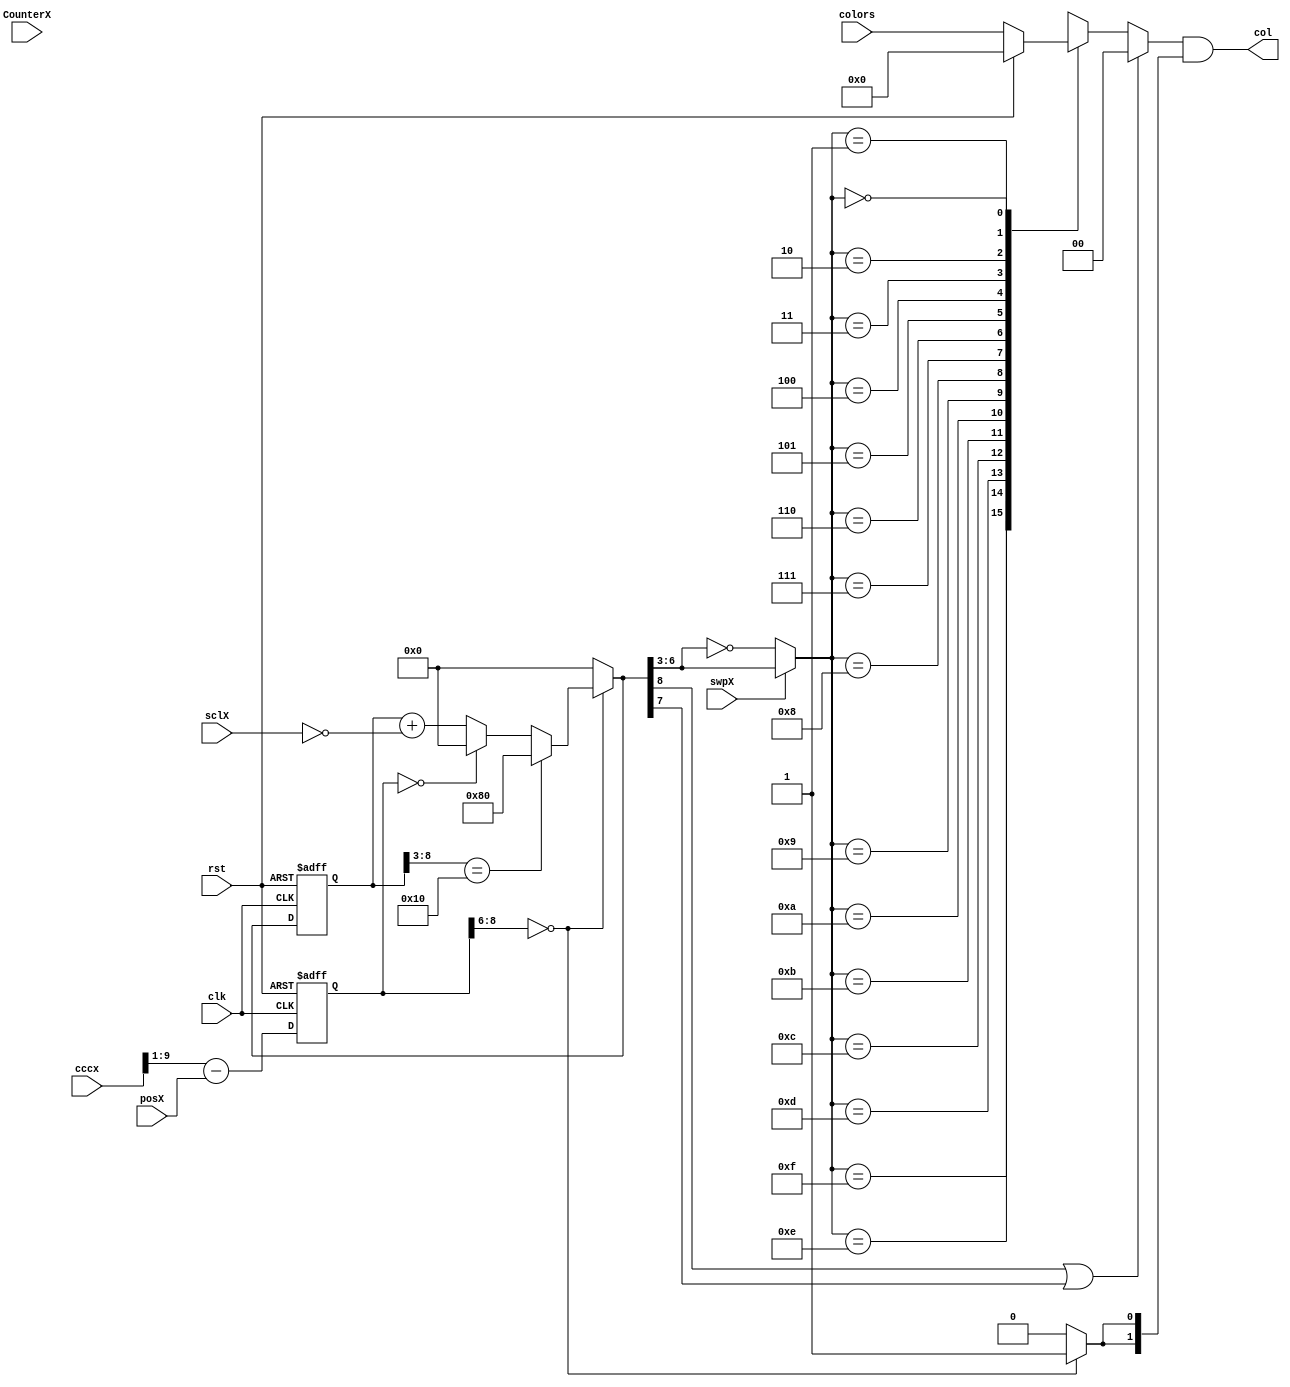

module sprite(
	input clk,
	input rst,
	
	input[9:0] cccx,
	
	input[3:0] sclX,
	input[8:0] posX,
	input[31:0] colors,
	input[9:0] CounterX,
	
	input swpX,
	
	output[1:0] col
	
);

wire[8:0] relx = cccx[9:1] - posX;

reg visible;

reg[31:0] pcol = 0;

reg[8:0] cx = 0;

reg[9:0] ccx = 0;

reg[1:0] ccol;

reg[8:0] relPosX;
reg[8:0] f_relPosX;


always@(*)
	if(rst) pcol <= 0;
	else pcol <= colors;

always@(posedge clk or posedge rst)begin
	if(rst)begin
		cx <= 0;
		ccx <= 0;
		
		relPosX <= 0;

	end else
	begin
		cx <= relx;
		ccx <= CounterX;
		
		relPosX <= f_relPosX;
	end
end

wire[3:0] negpo= ~sclX;

always@(*)begin
	f_relPosX = relPosX;
	
	
	if(cx[8:6] == 0)begin
		
		if(relPosX[8:3] == 16) begin
			f_relPosX = {5'd16,3'b0};
		end else if(cx == 0)begin
			f_relPosX = 0;
		end else
		begin
			
			f_relPosX = relPosX + (negpo);
		end
		
	end else
	begin
		
		f_relPosX = 0;
	
	end
	

end

reg[3:0] relPosXP;
reg renderSprite;

always@(*)begin
	
	renderSprite = ~(f_relPosX[8] | f_relPosX[7]);
	
	if(~swpX) relPosXP = ~f_relPosX[6:3];
	else relPosXP = f_relPosX[6:3];

end

always@(*)begin
	if(renderSprite)
		case(relPosXP)
			15: ccol <= pcol[31:30];
			14: ccol <= pcol[29:28];
			13: ccol <= pcol[27:26];
			12: ccol <= pcol[25:24];
			11: ccol <= pcol[23:22];
			10: ccol <= pcol[21:20];
			9:	 ccol <= pcol[19:18];
			8:	 ccol <= pcol[17:16];
			7:	 ccol <= pcol[15:14];
			6:  ccol <= pcol[13:12];
			5:  ccol <= pcol[11:10];
			4:  ccol <= pcol[9:8];
			3:	 ccol <= pcol[7:6];
			2:  ccol <= pcol[5:4];
			1:  ccol <= pcol[3:2];
			0:  ccol <= pcol[1:0];
			default: ccol <= 0;
		endcase
	else
		ccol <= 0;
end

always@(*)begin
	
	visible = 0;
	
	if( cx[8:6]==0 )begin
		visible = 1;
	end	
	
end

assign col = ccol & {visible,visible};


endmodule


module palette(
	input clk,
	
	input[4:0] bcol1,
	input[4:0] bcol2,
	input[4:0] bcol3,
	input[4:0] bcol4,
	
	input[1:0] scol,
	
	output reg[4:0] col,
	output reg d
);


always@(posedge clk)begin
	case(scol)
		2'd0: begin
				col <= 0;
				d <= 0;
				end
		2'd1: begin
				col <= bcol2;
				d <= 1;
				end
		2'd2: begin
				col <= bcol3;
				d <= 1;
				end
		2'd3: begin
				col <= bcol4;
				d <= 1;
				end
		default: begin
					col <= 0;
					d <= 0;
				end
	endcase
end

endmodule